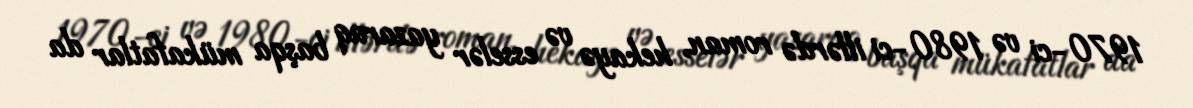
1970-ci və 1980-ci illərdə roman, hekayə və esselər yazaraq başqa mükafatlar da